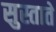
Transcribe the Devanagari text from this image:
सुस्ताते